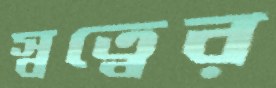
স্বত্বের